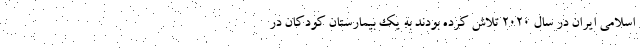
اسلامی ایران در سال ۲۰۲۰ تلاش کرده بودند به یک بیمارستان کودکان در